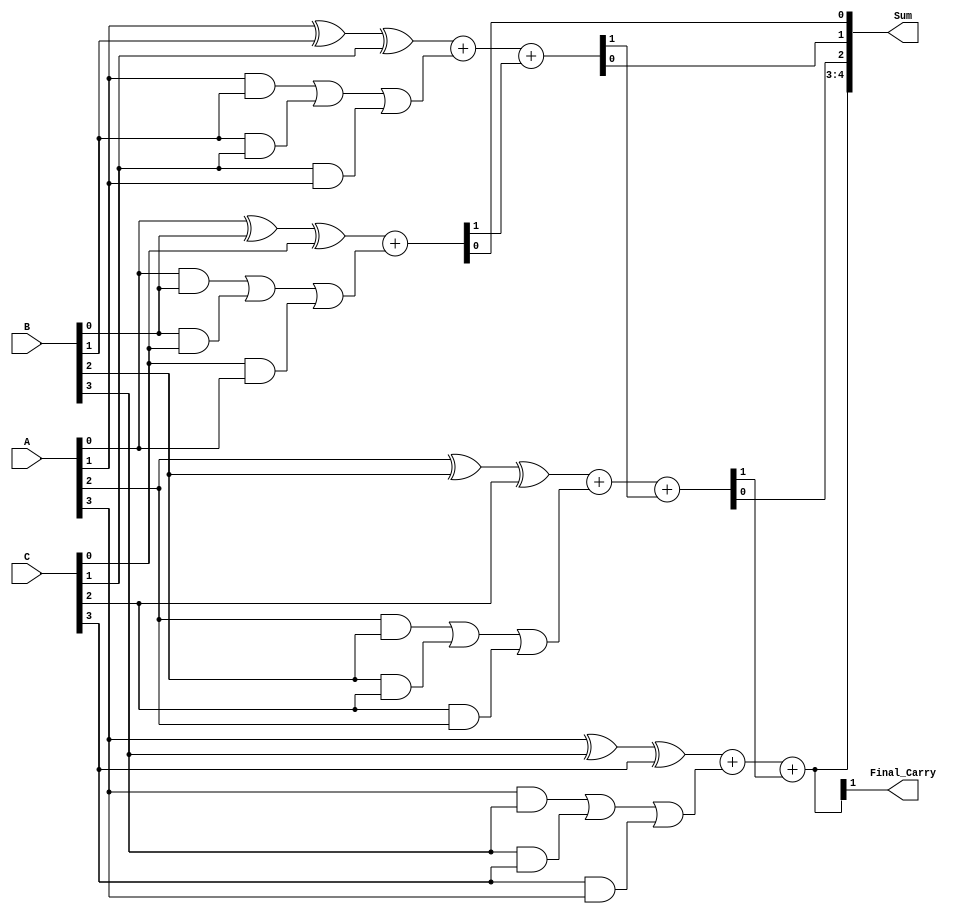
module CarrySaveAdder (
    input [3:0] A, // 4-bit input A
    input [3:0] B, // 4-bit input B
    input [3:0] C, // 4-bit input C
    output [4:0] Sum, // 5-bit output for the final sum (including carry)
    output Final_Carry // Final carry output
);

    wire [3:0] Partial_Sum; // Partial sum outputs
    wire [3:0] Carry; // Carry outputs

    // Generate partial sums and carries
    assign Partial_Sum[0] = A[0] ^ B[0] ^ C[0];
    assign Partial_Sum[1] = A[1] ^ B[1] ^ C[1];
    assign Partial_Sum[2] = A[2] ^ B[2] ^ C[2];
    assign Partial_Sum[3] = A[3] ^ B[3] ^ C[3];

    assign Carry[0] = (A[0] & B[0]) | (B[0] & C[0]) | (C[0] & A[0]);
    assign Carry[1] = (A[1] & B[1]) | (B[1] & C[1]) | (C[1] & A[1]);
    assign Carry[2] = (A[2] & B[2]) | (B[2] & C[2]) | (C[2] & A[2]);
    assign Carry[3] = (A[3] & B[3]) | (B[3] & C[3]) | (C[3] & A[3]);

    // Final addition using a ripple carry adder
    wire [3:0] Final_Sum;
    wire [3:0] Final_Carry_Out;

    // Adding Partial_Sum and Carry
    assign {Final_Carry_Out[0], Final_Sum[0]} = Partial_Sum[0] + Carry[0];
    assign {Final_Carry_Out[1], Final_Sum[1]} = Partial_Sum[1] + Carry[1] + Final_Carry_Out[0];
    assign {Final_Carry_Out[2], Final_Sum[2]} = Partial_Sum[2] + Carry[2] + Final_Carry_Out[1];
    assign {Final_Carry_Out[3], Final_Sum[3]} = Partial_Sum[3] + Carry[3] + Final_Carry_Out[2];

    // Final output
    assign Sum = {Final_Carry_Out[3], Final_Sum}; // 5-bit sum including final carry
    assign Final_Carry = Final_Carry_Out[3]; // Final carry output

endmodule